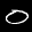
Label: 0